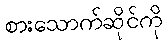
စားသောက်ဆိုင်ကို